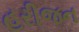
હરીજન